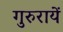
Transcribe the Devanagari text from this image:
गुरुरायें